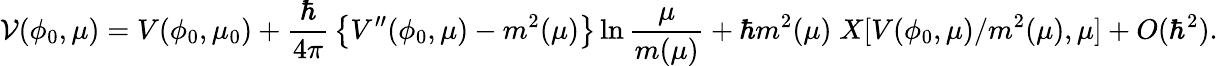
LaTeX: {\cal V}(\phi_{0},\mu)=V(\phi_{0},\mu_{0})+{\frac{\hbar}{4\pi}}\left\{ V^{\prime\prime}(\phi_{0},\mu)-m^{2}(\mu)\right\} \ln{\frac{\mu}{m(\mu)}}+\hbar m^{2}(\mu)\; X[V(\phi_{0},\mu)/m^{2}(\mu),\mu]+O(\hbar^{2}).